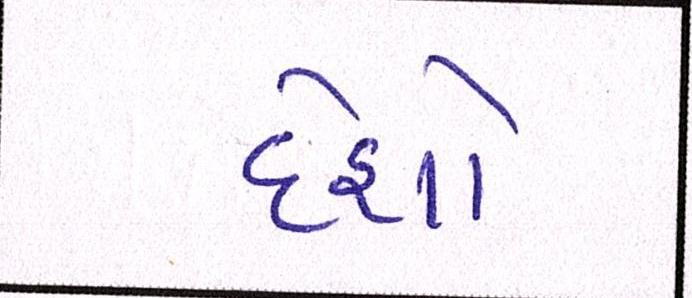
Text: દેશો